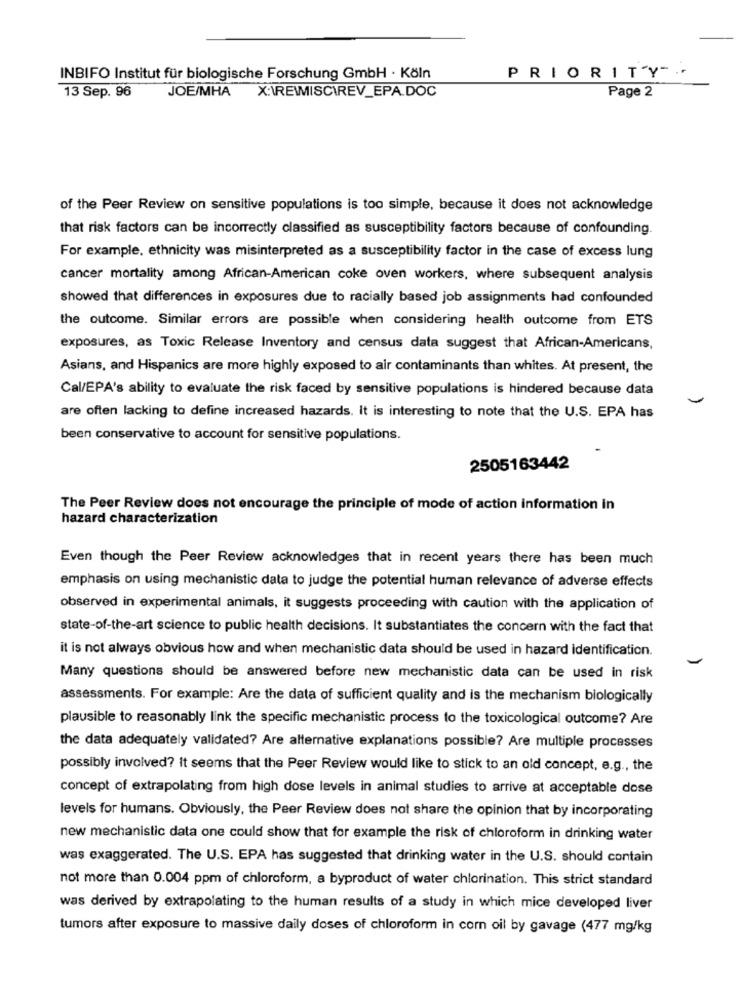
INBIFO Institut für biologische Forschung GmbH · Köln
PRIORITY -..
JOE/MHA
X:\REMISCIREV_EPA.DOC
Page 2
13 Sep. 96
of the Peer Review on sensitive populations is too simple, because it does not acknowledge
that risk factors can be incorrectly classified as susceptibility factors because of confounding.
For example, ethnicity was misinterpreted as a susceptibility factor in the case of excess lung
cancer mortality among African-American coke oven workers, where subsequent analysis
showed that differences in exposures due to racially based job assignments had confounded
the outcome. Similar errors are possible when considering health outcome from ETS
exposures, as Toxic Release Inventory and census data suggest that African-Americans,
Asians, and Hispanics are more highly exposed to air contaminants than whites. At present, the
Cal/EPA's ability to evaluate the risk faced by sensitive populations is hindered because data
are often lacking to define increased hazards. It is interesting to note that the U.S. EPA has
been conservative to account for sensitive populations.
2505163442
The Peer Review does not encourage the principle of mode of action information in
hazard characterization
Even though the Peer Review acknowledges that in recent years there has been much
emphasis on using mechanistic data to judge the potential human relevance of adverse effects
observed in experimental animals, it suggests proceeding with caution with the application of
state-of-the-art science to public health decisions. It substantiates the concern with the fact that
it is not always obvious how and when mechanistic data should be used in hazard identification.
Many questions should be answered before new mechanistic data can be used in risk
assessments. For example: Are the data of sufficient quality and is the mechanism biologically
plausible to reasonably link the specific mechanistic process to the toxicological outcome? Are
the data adequately validated? Are alternative explanations possible? Are multiple processes
possibly involved? it seems that the Peer Review would like to stick to an old concept, e.g ., the
concept of extrapolating from high dose levels in animal studies to arrive at acceptable dose
levels for humans. Obviously, the Peer Review does not share the opinion that by incorporating
new mechanistic data one could show that for example the risk of chloroform in drinking water
was exaggerated. The U.S. EPA has suggested that drinking water in the U.S. should contain
not more than 0.004 ppm of chloroform, a byproduct of water chlorination. This strict standard
was derived by extrapolating to the human results of a study in which mice developed liver
tumors after exposure to massive daily doses of chloroform in cor oil by gavage (477 mg/kg